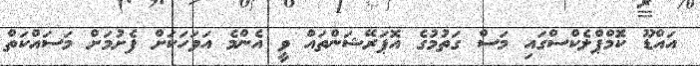
އައްޑޫ ކޮމްޕްލެކްސްގައި މަސް ގަތުމުގެ އޮޕަރޭޝަންތައް ވީ އެންމެ އަވަހަކަށް ފެށުމަށް މަސައްކަތް